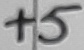
Text: +5